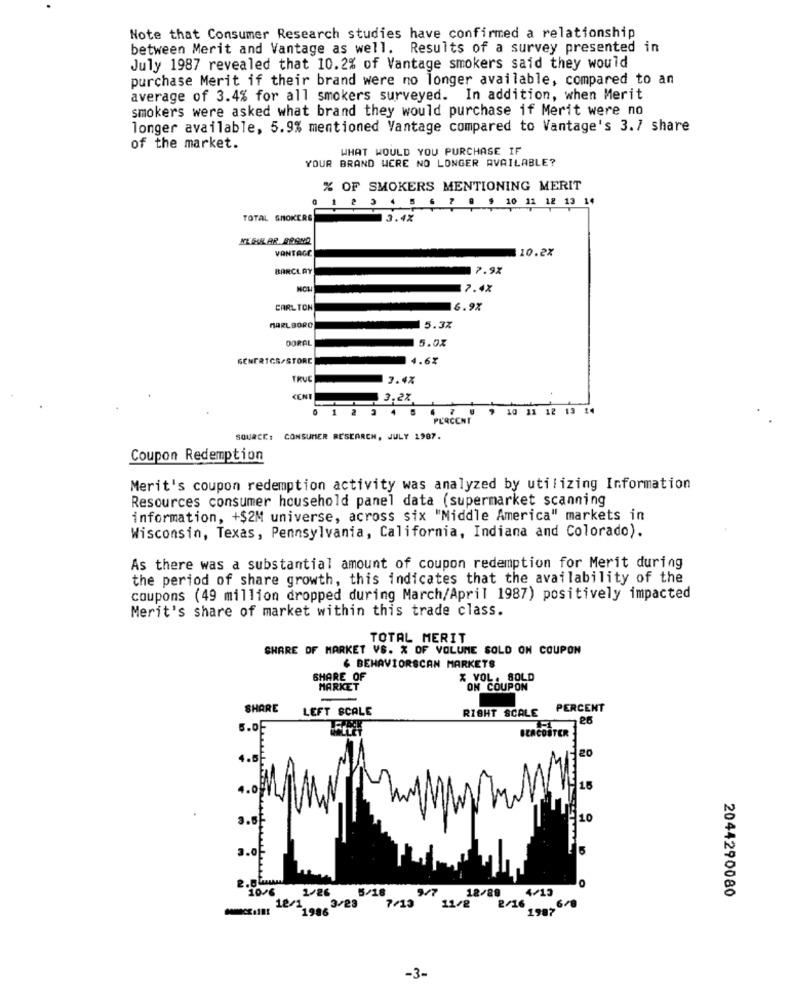
Note that Consumer Research studies have confirmed a relationship
between Merit and Vantage as well. Results of a survey presented in
July 1987 revealed that 10.2% of Vantage smokers said they would
purchase Merit if their brand were no longer available, compared to an
average of 3.4% for all smokers surveyed. In addition, when Merit
smokers were asked what brand they would purchase if Merit were no
longer available, 5.9% mentioned Vantage compared to Vantage's 3.7 share
of the market.
WHAT WOULD YOU PURCHASE IF
YOUR BRAND WERE NO LONGER AVAILABLE?
% OF SMOKERS MENTIONING MERIT
TOTAL SMOKERS
3.4%
VANTAGE
10.2%
BARCLAY
7.9%
NOW
7.4%
CARLTON
16.9%
MARLBORO
5.3%
DORAL
5.0%
GENERTGR/STORE
4.6%
TRUE
7.4%
CENT
3.2%
1
11 12 13 14
PERCENT
SOURCE:
CONSUMER RESEARCH, JULY 1987.
Coupon Redemption
Merit's coupon redemption activity was analyzed by utilizing Information
Resources consumer household panel data (supermarket scanning
information, +$2M universe, across six "Middle America" markets in
Wisconsin, Texas, Pennsylvania, California, Indiana and Colorado).
As there was a substantial amount of coupon redemption for Merit during
the period of share growth, this indicates that the availability of the
coupons (49 million dropped during March/April 1987) positively impacted
Merit's share of market within this trade class.
TOTAL MERIT
SHARE OF MARKET VS. % OF VOLUME SOLD ON COUPON
& BEHAVIORSCAN MARKETS
SHARE OF
% VOL. SOLD
MARKET
ON COUPON
SHARE
LEFT SCALE
RIGHT SCALE PERCENT
5.0
BERCOSTER
16
3.5
10
3.0
5
10/6
2/26
5/18
9/7
18/28
4/13
2044290080
11/2
2/16
198> 6-8
-3-